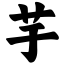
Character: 芋